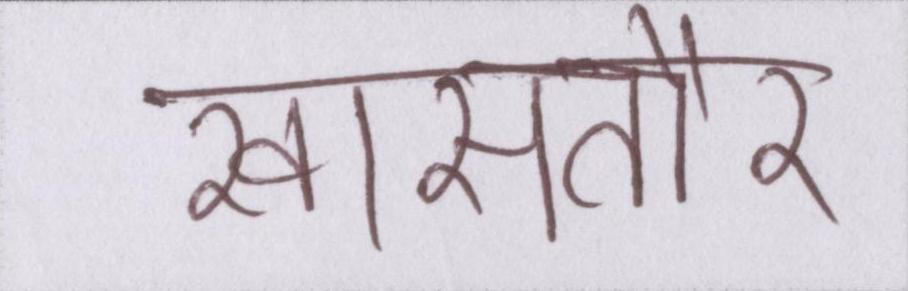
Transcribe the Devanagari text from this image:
खासतौर